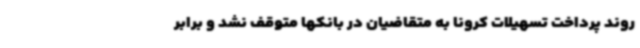
روند پرداخت تسهیلات کرونا به متقاضیان در بانکها متوقف نشد و برابر